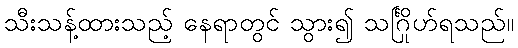
သီးသန့်ထားသည့် နေရာတွင် သွား၍ သင်္ဂြိုဟ်ရသည်။